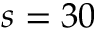
s = 3 0